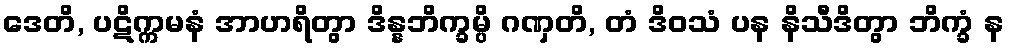
ဒေတိ, ပဋိက္ကမနံ အာဟရိတွာ ဒိန္နဘိက္ခမ္ပိ ဂဏှတိ, တံ ဒိဝသံ ပန နိသီဒိတွာ ဘိက္ခံ န